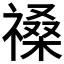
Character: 𥛋